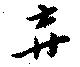
弃